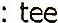
: TEE